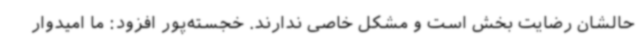
حالشان رضایت بخش است و مشکل خاصی ندارند. خجسته‌پور افزود: ما امیدوار